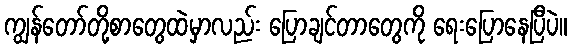
ကျွန်တော်တို့စာတွေထဲမှာလည်း ပြောချင်တာတွေကို ရေးပြောနေပြီပဲ။